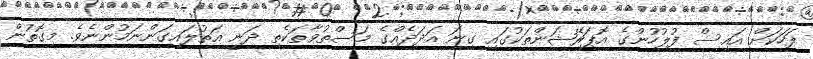
ފަހަކަށް އައިސް ފުލުހުންގެ އޮޕަރޭޝަންތަކުގައި ގިނަ އަދަދެއްގެ މަސްތުވާތަކެތި ދަނީ އަތުލައިގަންނަމުންނެވެ. މިގޮތުން